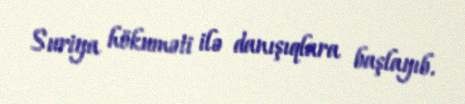
Suriya hökuməti ilə danışıqlara başlayıb.